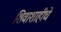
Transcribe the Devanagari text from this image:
शिवाशाहीचे